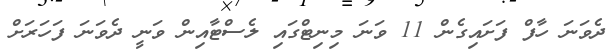
ދެވަނަ ހާފް ފަށައިގެން 11 ވަނަ މިނިޓްގައި ލެސްޓާއިން ވަނީ ދެވަނަ ފަހަރަށް